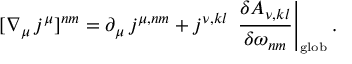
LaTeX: [ \nabla _ { \mu } \, j ^ { \mu } ] ^ { n m } = \partial _ { \mu } \, j ^ { \mu , n m } + j ^ { \nu , k l } \, \left. \frac { \delta { \cal A } _ { \nu , k l } } { \delta \omega _ { n m } } \right| _ { \mathrm { \scriptscriptstyle g l o b } } .